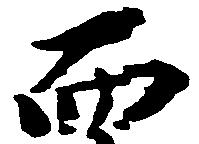
而